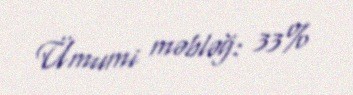
Ümumi məbləğ: 33%